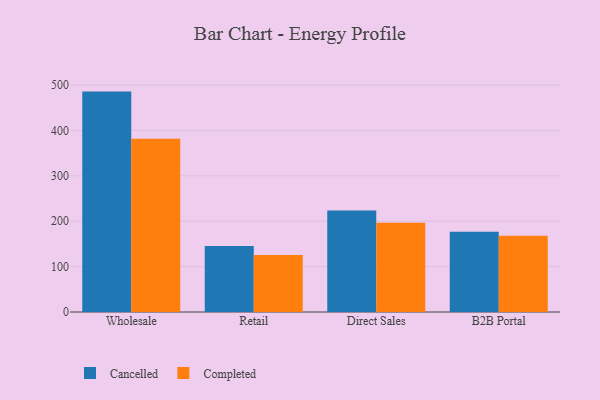
{"axis": {"x": "Channel", "y": "Active Users"}, "legend": ["Cancelled", "Completed"], "data": [{"x": "Wholesale", "y": 485.5, "type": "Cancelled"}, {"x": "Wholesale", "y": 381.7, "type": "Completed"}, {"x": "Retail", "y": 145.3, "type": "Cancelled"}, {"x": "Retail", "y": 125.6, "type": "Completed"}, {"x": "Direct Sales", "y": 223.6, "type": "Cancelled"}, {"x": "Direct Sales", "y": 196.5, "type": "Completed"}, {"x": "B2B Portal", "y": 176.8, "type": "Cancelled"}, {"x": "B2B Portal", "y": 168.1, "type": "Completed"}]}